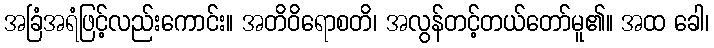
အခြံအရံဖြင့်လည်းကောင်း။ အတိဝိရောစတိ၊ အလွန်တင့်တယ်တော်မူ၏။ အထ ခေါ၊